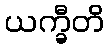
ယက္ခီတိ